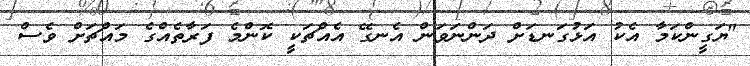
"ޔަގީންކަމާ އެކު އަޅުގަނޑަށް ދަންނަވަން އެނގޭ އެއްޗަކީ ކޮންމެ ފަރާތެއްގެ މައްޗަށް ވެސް